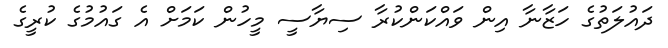
ދައުލަތުގެ ހަޒާނާ އިން ވައްކަންކުރާ ސިޔާސީ މީހުން ކަމަށް އެ ގައުމުގެ ކުރީގެ